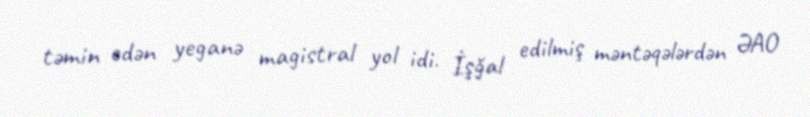
təmin edən yeganə magistral yol idi. İşğal edilmiş məntəqələrdən ƏAO